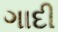
ગાદી